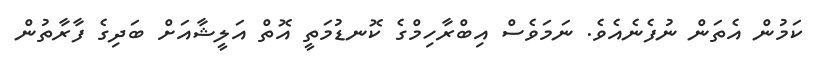
ކަމުން އެތަން ނުފެނެއެވެ. ނަމަވެސް އިބްރާހިމްގެ ކޮނޑުމަތީ އޮތް އަލީޝާއަށް ބަދިގެ ފާރާތުން